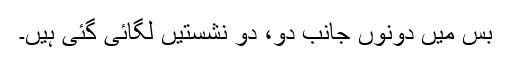
بس میں دونوں جانب دو، دو نشستیں لگائی گئی ہیں۔